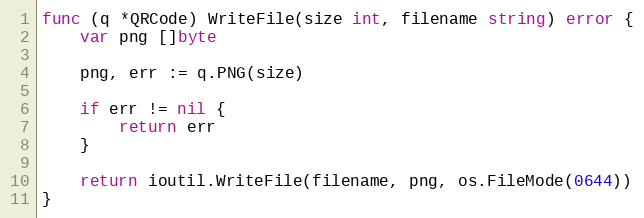
Language: Go
func (q *QRCode) WriteFile(size int, filename string) error {
	var png []byte

	png, err := q.PNG(size)

	if err != nil {
		return err
	}

	return ioutil.WriteFile(filename, png, os.FileMode(0644))
}